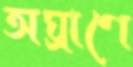
অঘ্রাণে